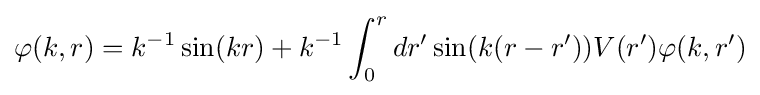
\varphi (k,r)=k^{-1}\sin(kr)+k^{-1}\int _{0}^{r}dr'\sin(k(r-r'))V(r')\varphi (k,r')